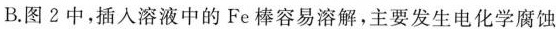
B.图2中，插入溶液中的Fe棒容易溶解，主要发生电化学腐蚀